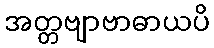
အတ္တဗျာဗာဓာယပိ